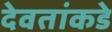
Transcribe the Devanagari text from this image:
देवतांकडे